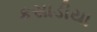
કસાડીયા